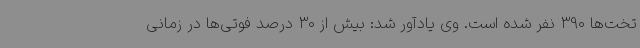
تخت‌ها 390 نفر شده است. وی یادآور شد: بیش از 30 درصد فوتی‌ها در زمانی